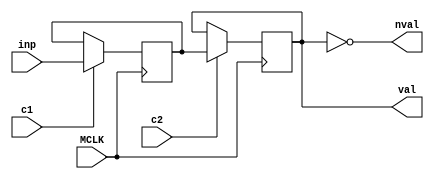
// This program was cloned from: https://github.com/nukeykt/Nuked-SMS-FPGA
// License: GNU General Public License v2.0

module ymn_sr_bit #(parameter SR_LENGTH = 1)
	(
	input MCLK,
	input c1,
	input c2,
	input inp,
	output val,
	output nval
	);
	
	reg [SR_LENGTH-1:0] v1 = 0;
	reg [SR_LENGTH-1:0] v2 = 0;
	
	wire [SR_LENGTH-1:0] v2_assign = c2 ? v1 : v2;
	
	//assign sr_out = v2_assign[SR_LENGTH-1];
	assign val = v2[SR_LENGTH-1];
	assign nval = ~val;
	
	always @(posedge MCLK)
	begin
		if (c1)
		begin
			if (SR_LENGTH == 1)
				v1 <= inp;
			else
				v1 <= { v2[SR_LENGTH-2:0], inp };
		end
		v2 <= v2_assign;
	end
endmodule

module ymn_sr_bit_array #(parameter SR_LENGTH = 1, DATA_WIDTH = 1)
	(
	input MCLK,
	input c1,
	input c2,
	input [DATA_WIDTH-1:0] inp,
	output [DATA_WIDTH-1:0] val
	);
	
	wire out[0:DATA_WIDTH-1];
	
	generate
		genvar i;
		for (i = 0; i < DATA_WIDTH; i = i + 1)
		begin : l1
			ymn_sr_bit #(.SR_LENGTH(SR_LENGTH)) sr (
			.MCLK(MCLK),
			.c1(c1),
			.c2(c2),
			.inp(inp[i]),
			.val(out[i])
			);
			
			assign val[i] = out[i];
		end
	endgenerate

endmodule

module ymn_dlatch #(parameter DATA_WIDTH = 1)
	(
	input MCLK,
	input en,
	input [DATA_WIDTH-1:0] inp,
	output [DATA_WIDTH-1:0] val,
	output [DATA_WIDTH-1:0] nval
	);
	
	reg [DATA_WIDTH-1:0] mem = {DATA_WIDTH{1'h0}};
	
	wire [DATA_WIDTH-1:0] mem_assign = en ? inp : mem;
	
	always @(posedge MCLK)
	begin
		mem <= mem_assign;
	end
	
	//assign val = mem_assign;
	//assign nval = ~mem_assign;
	assign val = mem;
	assign nval = ~mem;
	
endmodule

module ymn_slatch #(parameter DATA_WIDTH = 1)
	(
	input MCLK,
	input en,
	input [DATA_WIDTH-1:0] inp,
	output [DATA_WIDTH-1:0] val,
	output [DATA_WIDTH-1:0] nval
	);
	
	reg [DATA_WIDTH-1:0] mem = {DATA_WIDTH{1'h0}};
	
	wire [DATA_WIDTH-1:0] mem_assign = en ? inp : mem;
	
	always @(posedge MCLK)
	begin
		mem <= mem_assign;
	end
	
	//assign val = mem_assign;
	//assign nval = ~mem_assign;
	assign val = mem;
	assign nval = ~mem;
	
endmodule

module ymn_rs_trig
	(
	input MCLK,
	input set,
	input rst,
	output reg q = 1'h0,
	output reg nq = 1'h1
	);
	
	always @(posedge MCLK)
	begin
		q <= rst ? 1'h0 : (set ? 1'h1 : q);
		nq <= set ? 1'h0 : (rst ? 1'h1 : ~q); 
	end
	
endmodule

module ymn_rs_trig2
	(
	input MCLK,
	input set,
	input rst,
	output reg q = 1'h0,
	output reg nq = 1'h1
	);
	
	always @(posedge MCLK)
	begin
		q <= set ? 1'h1 : (rst ? 1'h0 : q);
		nq <= rst ? 1'h1 : (set ? 1'h0 : ~q); 
	end
	
endmodule

module ymn_slatch_r #(parameter DATA_WIDTH = 1)
	(
	input MCLK,
	input en,
	input rst,
	input [DATA_WIDTH-1:0] inp,
	output [DATA_WIDTH-1:0] val,
	output [DATA_WIDTH-1:0] nval
	);
	
	reg [DATA_WIDTH-1:0] mem = {DATA_WIDTH{1'h0}};
	
	wire [DATA_WIDTH-1:0] mem_assign = rst ? {DATA_WIDTH{1'h0}} : (en ? inp : mem);
	
	always @(posedge MCLK)
	begin
		mem <= mem_assign;
	end
	
	//assign val = mem_assign;
	//assign nval = ~mem_assign;
	assign val = mem;
	assign nval = ~mem;
	
endmodule

module ymn_slatch_r2 #(parameter DATA_WIDTH = 1)
	(
	input MCLK,
	input en,
	input rst,
	input [DATA_WIDTH-1:0] inp,
	output [DATA_WIDTH-1:0] val,
	output [DATA_WIDTH-1:0] nval
	);
	
	reg [DATA_WIDTH-1:0] mem = {DATA_WIDTH{1'h0}};
	
	wire [DATA_WIDTH-1:0] mem_assign = en ? inp : (rst ? {DATA_WIDTH{1'h0}} : mem);
	
	always @(posedge MCLK)
	begin
		mem <= mem_assign;
	end
	
	//assign val = mem_assign;
	//assign nval = ~mem_assign;
	assign val = mem;
	assign nval = ~mem;
	
endmodule